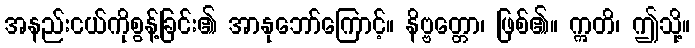
အနည်းငယ်ကိုစွန့်ခြင်း၏ အာနုဘော်ကြောင့်။ နိဗ္ဗတ္တော၊ ဖြစ်၏။ ဣတိ၊ ဤသို့။